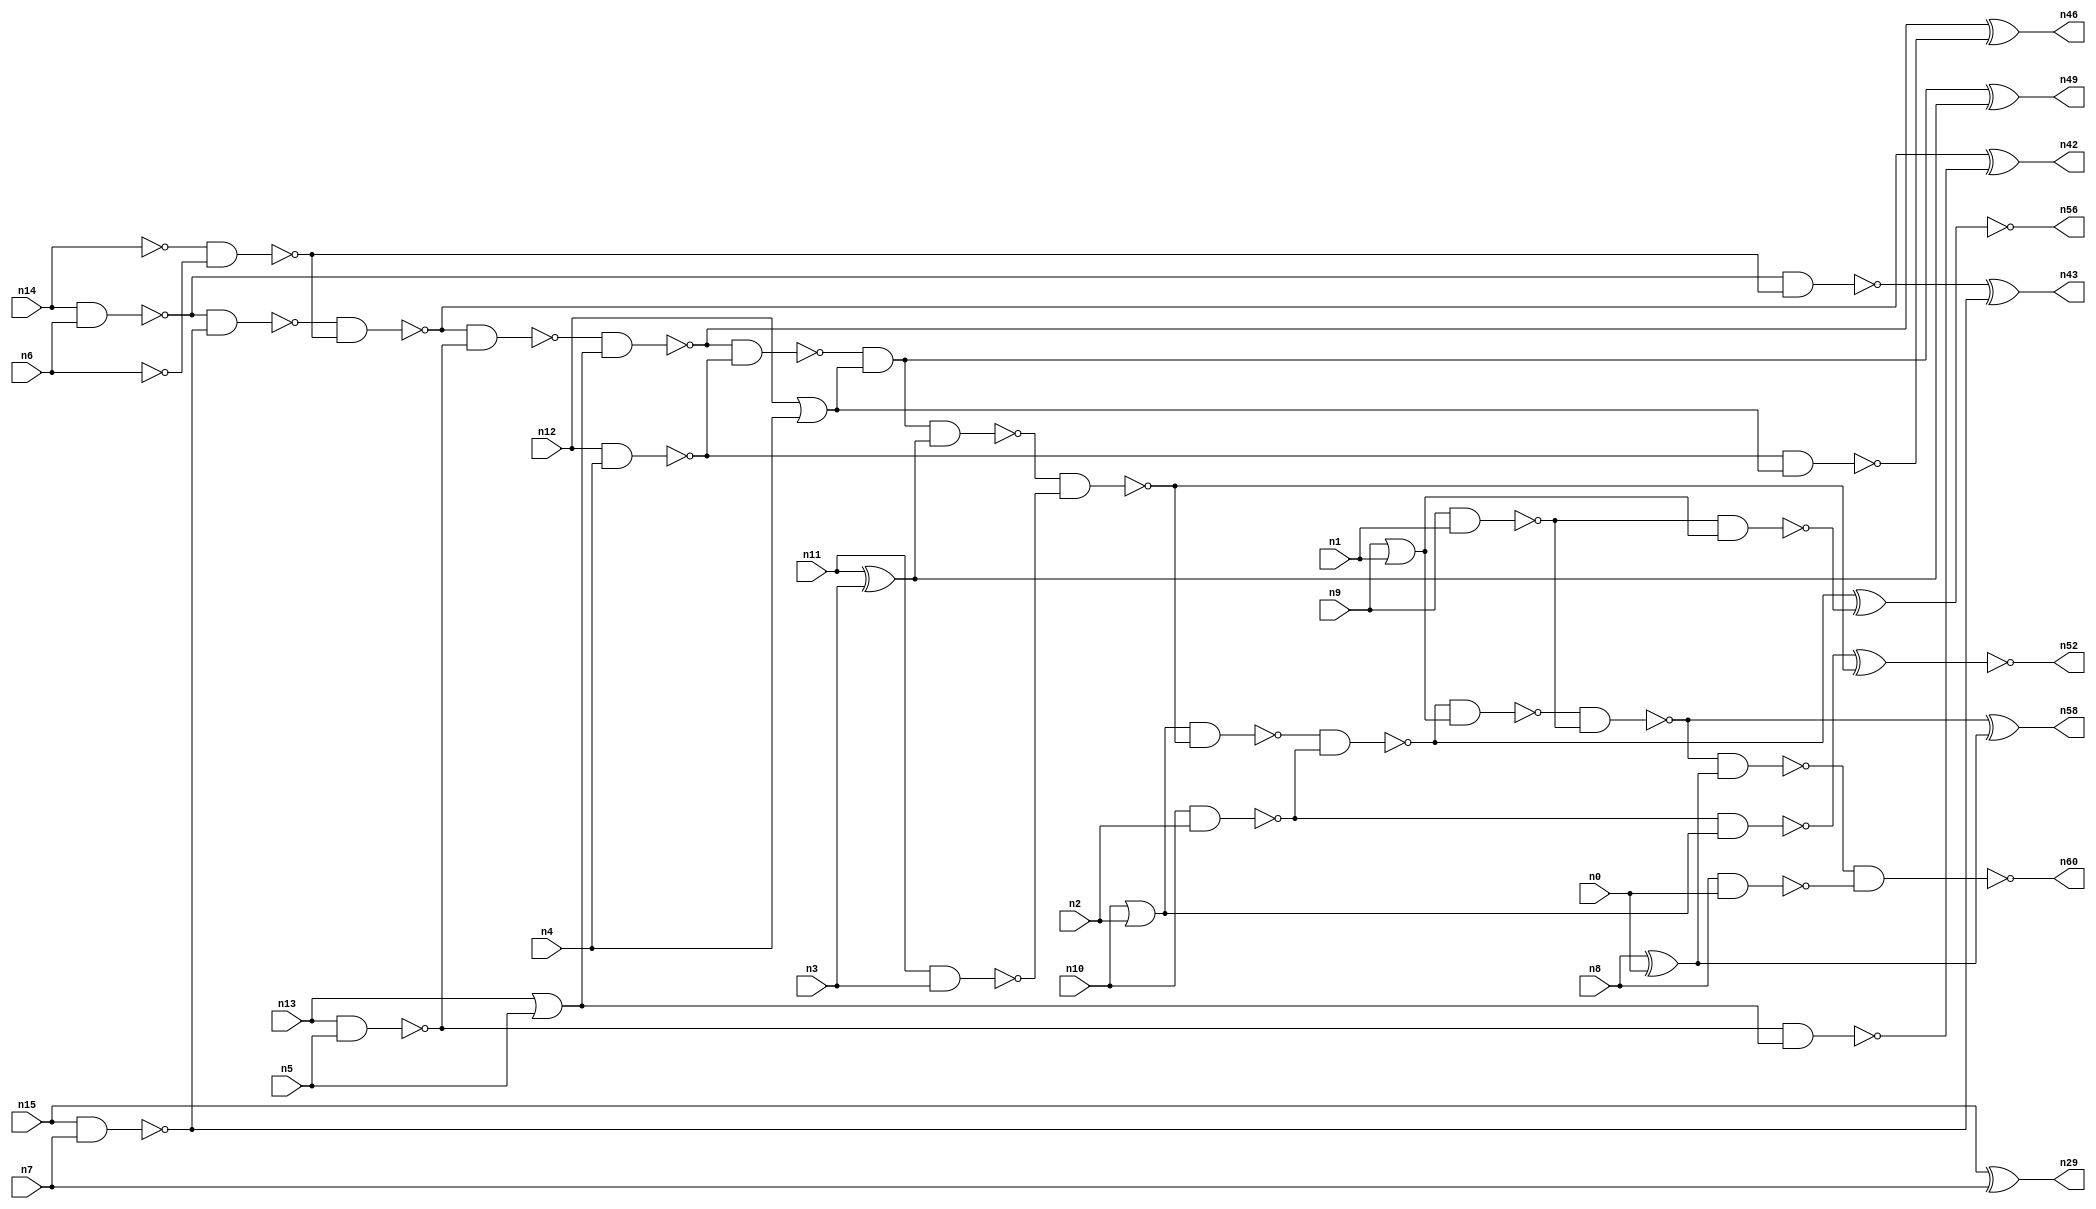
// This file contains a pareto-optimal circuit with respect to area and the fault-resilince parameter p_fault which is defined as:
// "For all input vectors, the ratio of the no. of faults observable at the POs to the no. of total possible faults in the circuit".
// This code is part of the ReCkt library (https://github.com/umar-afzaal/ReCkt) distributed under The MIT License.
// When used, please cite the following article(s):
// U. Afzaal, A.S. Hassan, M. Usman and J.A. Lee, "On the Evolutionary Synthesis of Increased Fault-resilience Arithmetic Circuits".

// p_fault = 99.0 %    (Lower is better)
// gates = 45.0
// levels = 15
// area = 54.98    (For MCNC library relative to nand2)
// power = 282.2 uW    (Berkely-SIS for MCNC library @ Vdd=5V and 20 MHz clock)
// delay = 15.9 ns    (Berkely-ABC for MCNC library)
// PDP = 4.48698e-12 J

// Pin mapping:
// {n0, n1, n2, n3, n4, n5, n6, n7} = A[7:0]
// {n8, n9, n10, n11, n12, n13, n14, n15} = B[7:0]
// {n60, n58, n56, n52, n49, n46, n42, n43, n29} = O[8:0]

module addr8u_area_1 (
n0, n1, n2, n3, n4, n5, n6, n7, n8, n9, n10, n11, n12, n13, n14, n15, 
n60, n58, n56, n52, n49, n46, n42, n43, n29
);

input n0, n1, n2, n3, n4, n5, n6, n7, n8, n9, n10, n11, n12, n13, n14, n15;
output n60, n58, n56, n52, n49, n46, n42, n43, n29;
wire n30, n24, n18, n17, n59, n51, n45, n36, n47, n20, n37, n23, n16, n53, n40, n48, n21, n25, n41, n54, 
n27, n33, n28, n22, n38, n39, n57, n31, n19, n44, n34, n32, n26, n50, n35, n55;

or (n16, n10, n2);
nand (n17, n10, n2);
nand (n18, n14, n6);
or (n19, n12, n4);
nand (n20, n8, n0);
nand (n21, n13, n5);
nand (n22, n6, n6);
xor (n23, n8, n0);
not (n24, n14);
nor (n25, n9, n1);
nand (n26, n9, n1);
or (n27, n13, n5);
nand (n28, n15, n7);
xor (n29, n15, n7);
nand (n30, n11, n3);
nand (n31, n12, n4);
xor (n32, n11, n3);
nand (n33, n31, n19);
not (n34, n25);
nand (n35, n24, n22);
nand (n36, n18, n28);
nand (n37, n17, n16);
nand (n38, n21, n27);
nand (n39, n36, n35);
nand (n40, n18, n35);
nand (n41, n26, n34);
xor (n42, n39, n38);
xor (n43, n40, n28);
nand (n44, n39, n21);
nand (n45, n44, n27);
xor (n46, n45, n33);
nand (n47, n45, n31);
and (n48, n47, n19);
xor (n49, n48, n32);
nand (n50, n48, n32);
nand (n51, n50, n30);
xnor (n52, n37, n51);
nand (n53, n16, n51);
nand (n54, n53, n17);
nand (n55, n54, n34);
xnor (n56, n54, n41);
nand (n57, n55, n26);
xor (n58, n57, n23);
nand (n59, n57, n23);
nand (n60, n59, n20);

endmodule